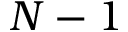
N - 1